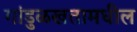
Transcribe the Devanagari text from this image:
गांडुळखतामधील